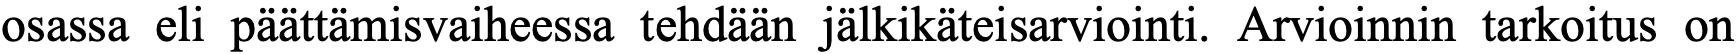
osassa eli päättämisvaiheessa tehdään jälkikäteisarviointi. Arvioinnin tarkoitus on